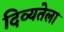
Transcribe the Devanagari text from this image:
दिव्यतेला